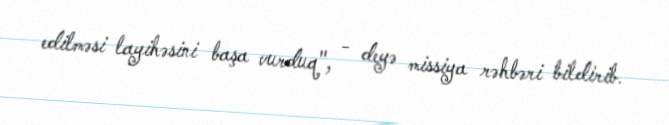
edilməsi layihəsini başa vurduq", - deyə missiya rəhbəri bildirib.